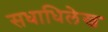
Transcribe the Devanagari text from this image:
सधाधिलेख